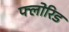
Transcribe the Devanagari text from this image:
फ्लोरिड